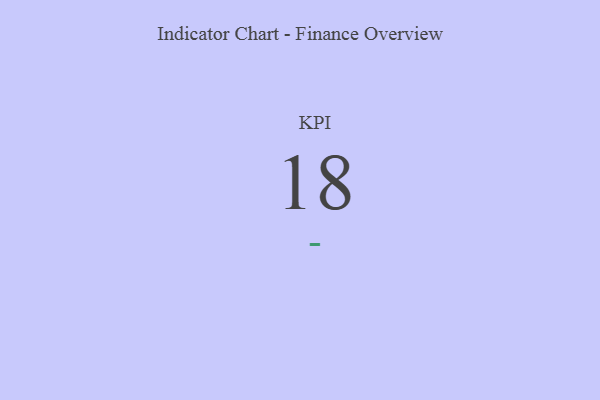
{"axis": {"x": "KPI", "y": "Value"}, "legend": [""], "data": [{"x": "KPI", "y": 18, "type": ""}]}